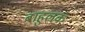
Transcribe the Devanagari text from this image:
बाहुलकं